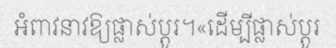
អំពាវនាវឱ្យផ្លាស់ប្តូរ។«ដើម្បីផ្លាស់ប្តូរ